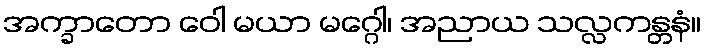
အက္ခာတော ဝေါ မယာ မဂ္ဂေါ၊ အညာယ သလ္လကန္တနံ။